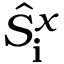
\hat { S } _ { \bf i } ^ { x }